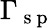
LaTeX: \Gamma_{\mathrm{~s~p~}}